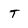
Character: T